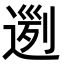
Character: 𨔭